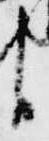
臣